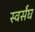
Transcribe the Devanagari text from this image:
स्वर्संघ